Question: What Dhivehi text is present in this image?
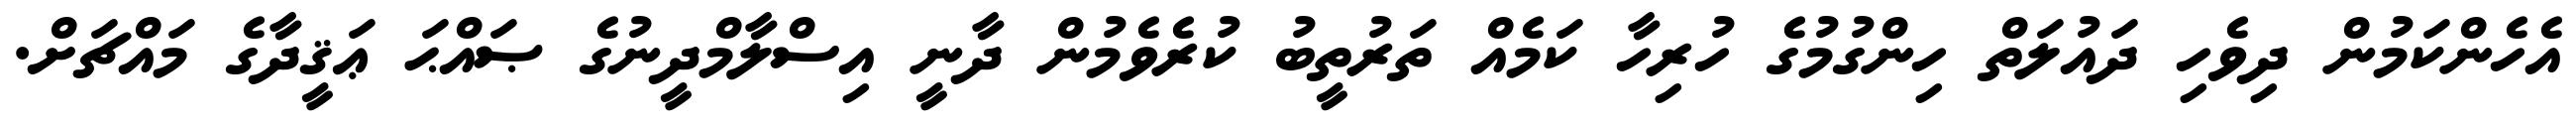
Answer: އެހެންކަމުން ދިވެހި ދައުލަތް ހިންގުމުގެ ހުރިހާ ކަމެއް ތަރުތީބު ކުރެވެމުން ދާނީ އިސްލާމްދީނުގެ ޞައްޙަ ޢަޤީދާގެ މައްޗަށް.